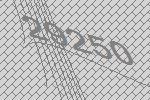
29250